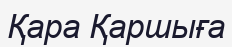
Қара Қаршыға